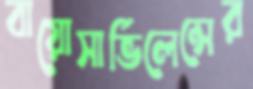
বায়োসার্ভিলেন্সের